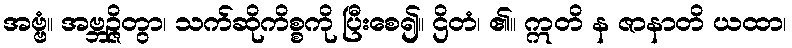
အဗ္ဗံ။ အဗ္ဘဉ္ဇိတွာ၊ သက်ဆိုကိစ္စကို ပြီးစေ၍။ ဌိတံ၊ ၏။ ဣတိ န ဇာနာတိ ယထာ၊